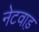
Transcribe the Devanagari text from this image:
नेटवाड़